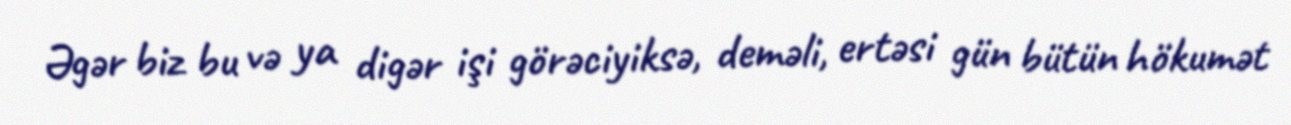
Əgər biz bu və ya digər işi görəciyiksə, deməli, ertəsi gün bütün hökumət